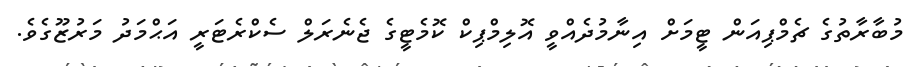
މުބާރާތުގެ ޗެމްޕިއަން ޓީމަށް އިނާމުދެއްވީ އޮލިމްޕިކް ކޮމެޓީގެ ޖެނެރަލް ސެކްރެޓަރީ އަޙްމަދު މަރުޒޫގެވެ.